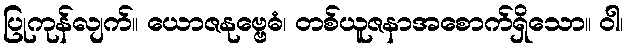
ပြုကုန်လျက်။ ယောဇနုဗ္ဗေဓံ၊ တစ်ယူဇနာအစောက်ရှိသော။ ဝါ၊